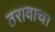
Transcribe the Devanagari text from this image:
ठरावाचा